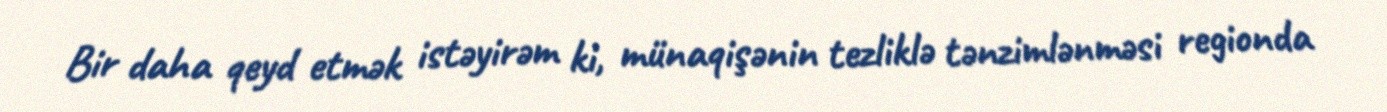
Bir daha qeyd etmək istəyirəm ki, münaqişənin tezliklə tənzimlənməsi regionda